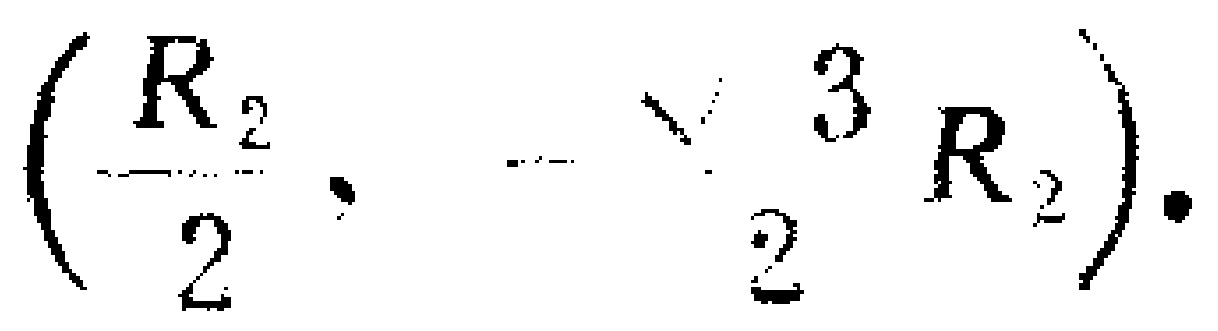
$\left(\frac{R_{2}}{2},-\frac{3}{2}R_{2}\right)$